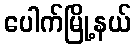
ပေါက်မြို့နယ်